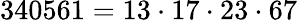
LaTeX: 340561=13\cdot 17\cdot 23\cdot 67